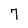
Character: 7